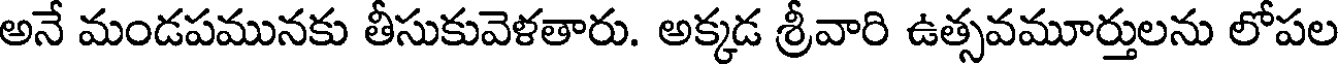
అనే మండపమునకు తీసుకువెళతారు. అక్కడ శ్రీవారి ఉత్సవమూర్తులను లోపల